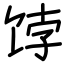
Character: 饽